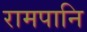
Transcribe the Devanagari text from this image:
रामपानि